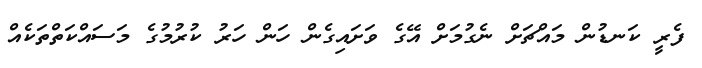
ފެރީ ކަނޑުން މައްޗަށް ނެގުމަށް އޭގެ ވަށައިގެން ހަން ހަރު ކުރުމުގެ މަސައްކަތްތަކެއް